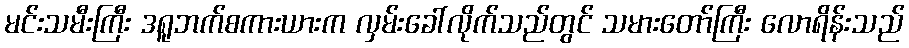
မင်းသမီးကြီး ဒရူဘက်စကားယားက လှမ်းခေါ်လိုက်သည်တွင် သမားတော်ကြီး လောရိန်းသည်